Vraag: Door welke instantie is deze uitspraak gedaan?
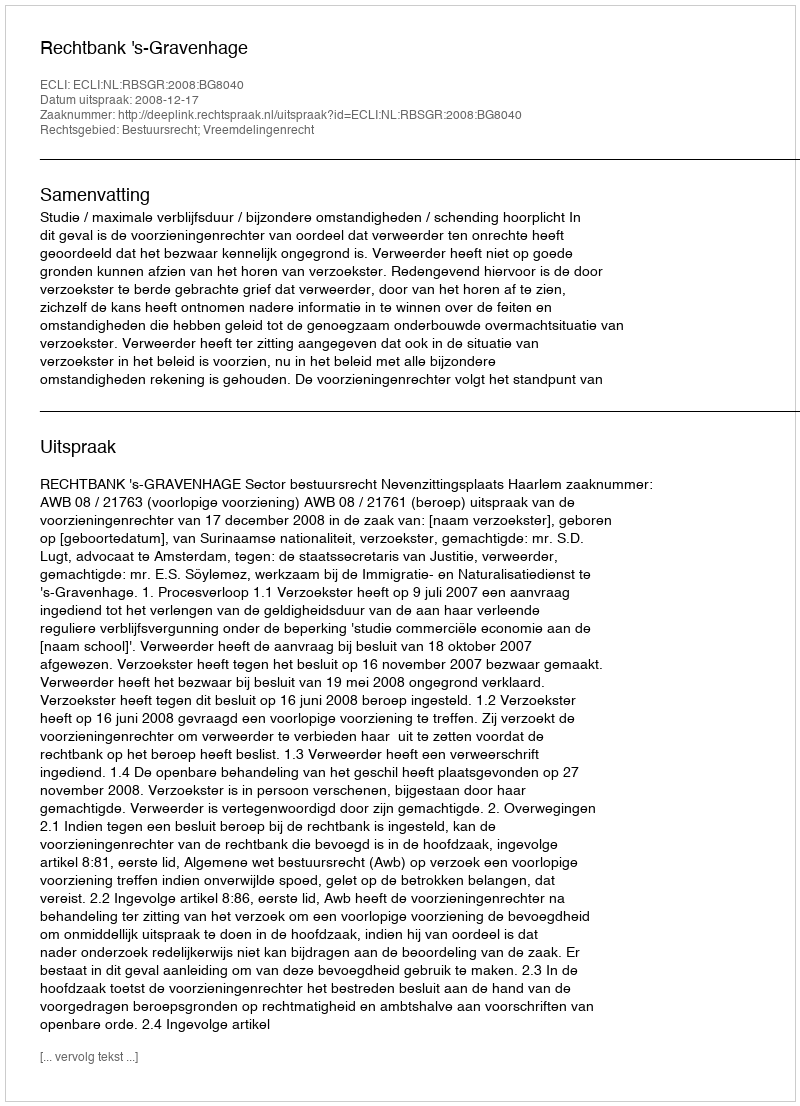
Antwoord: Rechtbank 's-Gravenhage